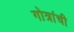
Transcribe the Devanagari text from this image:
गोत्रांची